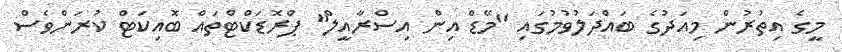
މީގެ އިތުރުން މިއަދުގެ ބައްދަލުވުމުގައި "މޭޑް އިން އިސްރާއީލް" ޕްރޮޑަކްޓްތައް ބޮއިކަޓް ކުރަންވެސް